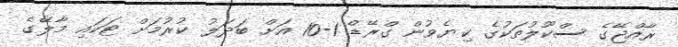
ރާއްޖޭގެ ސްކޫލުތަކުގެ ކިޔެވުން ގްރޭޑް 1-10 އަށް ބަދަލު ކުރުމަށް ޓަކައި މާލޭގެ